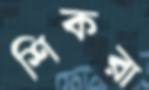
শিকরা